Production of alkali in liquid media by the Bacillus pestis - Number 33
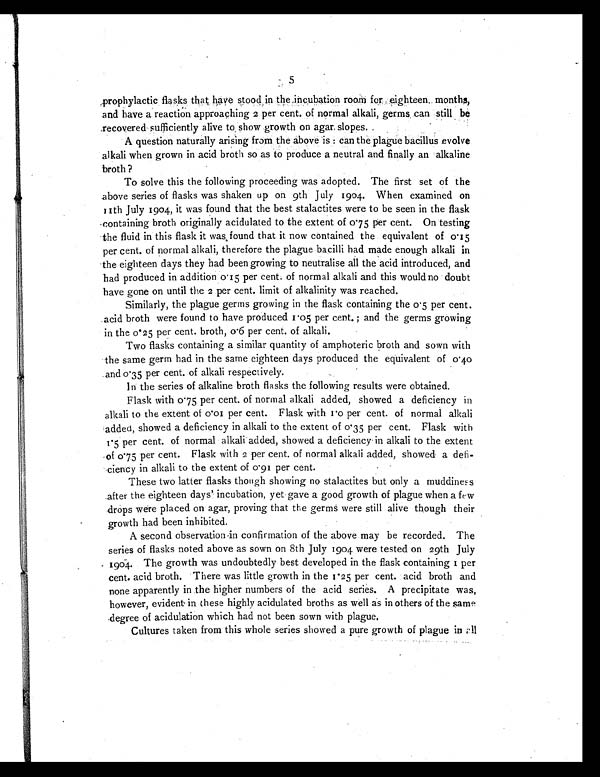
5
prophylactic flasks that have stood in the incubation room for eighteen months,
and have a reaction approaching 2 per cent. of normal alkali, germs, can still be
recovered sufficiently alive to show growth on agar slopes.
A question naturally arising from the above is : can the plague bacillus evolve
alkali when grown in acid broth so as to produce a neutral and finally an alkaline
broth?
To solve this the following proceeding was adopted. The first set of the
above series of flasks was shaken up on 9th July 1904. When examined on
11 July 1904, it was found that the best stalactites were to be seen in the flask
containing broth originally acidulated to the extent of 0.75 per cent. On testing
the fluid in this flask it was, found that it now contained the equivalent of 0.15
per cent. of normal alkali, therefore the plague bacilli had made enough alkali in
the eighteen days they had been growing to neutralise all the acid introduced, and
had produced in addition 0.15 per cent. of normal alkali and this would no doubt
have gone on until the 2 per cent. limit of alkalinity was reached.
Similarly, the plague germs growing in the flask containing the 0.5 per cent.
acid broth were found to have produced 1.05 per cent. ; and the germs growing
in the 0.25 per cent. broth, 0.6 per cent. of alkali.
Two flasks containing a similar quantity of amphoteric broth and sown with
the same germ had in the same eighteen days produced the equivalent of 0.40
and 0.35 per cent. of alkali respectively.
In the series of alkaline broth flasks the following results were obtained.
Flask with 0.75 per cent. of normal alkali added, showed a deficiency in
alkali to the extent of 0.01 per cent. Flask with 1.0 per cent. of normal alkali
added, showed a deficiency in alkali to the extent of 0.35 per cent. Flask with
1.5 per cent. of normal alkali added, showed a deficiency in alkali to the extent
of 0.75 per cent. Flask with 2 per cent, of normal alkali added, showed a
defi-ciency in alkali to the extent of 0.91 per cent.
These two latter flasks though showing no stalactites but only a muddiness
after the eighteen days' incubation, yet gave a good growth of plague when a few
drops were placed on agar, proving that the germs were still alive though their
growth had been inhibited.
A second observation in confirmation of the above may be recorded. The
series of flasks noted above as sown on 8th July 1904 were tested on 29th July
1904. The growth was undoubtedly best developed in the flask containing 1 per
cent. acid broth. There was little growth in the 1.25 per cent. acid broth and
none apparently in the higher numbers of the acid series. A precipitate was,
however, evident in these highly acidulated broths as well as in others of the same
degree of acidulation which had not been sown with plague.
Cultures taken from this whole series showed a pure growth of plague in all